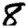
Digit: 8